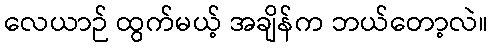
လေယာဉ် ထွက်မယ့် အချိန်က ဘယ်တော့လဲ။